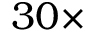
3 0 \times